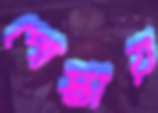
পোস্তায়